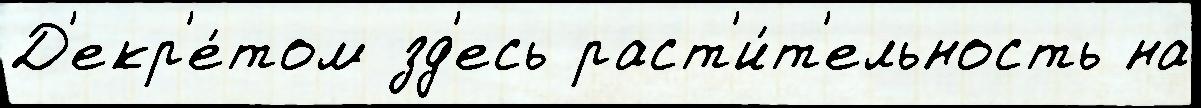
Д'екр'е́том зд'есь раст'и́т'ельность на